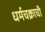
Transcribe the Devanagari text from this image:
धर्मचक्राची